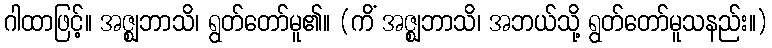
ဂါထာဖြင့်။ အဇ္ဈဘာသိ၊ ရွတ်တော်မူ၏။ (ကိံ အဇ္ဈဘာသိ၊ အဘယ်သို့ ရွတ်တော်မူသနည်း။)